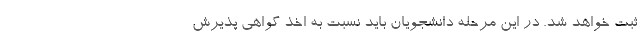
ثبت خواهد شد. در این مرحله دانشجویان باید نسبت به اخذ گواهی پذیرش